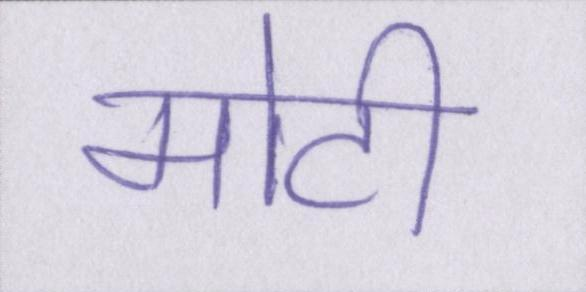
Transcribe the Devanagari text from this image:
मोटी